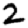
Digit: 2